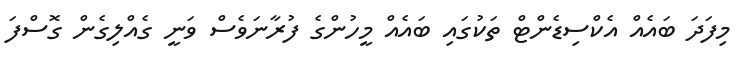
މިފަދަ ބައެއް އެކްސިޑެންޓް ތަކުގައި ބައެއް މީހުންގެ ފުރާނަވެސް ވަނީ ގެއްލިގެން ގޮސްފަ